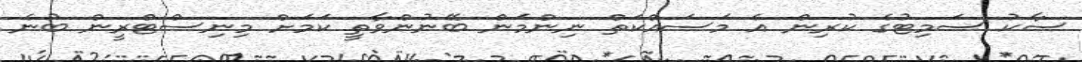
ސާކު ސަމިޓުގެ ކުރިން އެ މަސައްކަތް ނިންމަން ބޭނުންވާތީ ކަމަށް މިނިސްޓްރީން ބުނެ